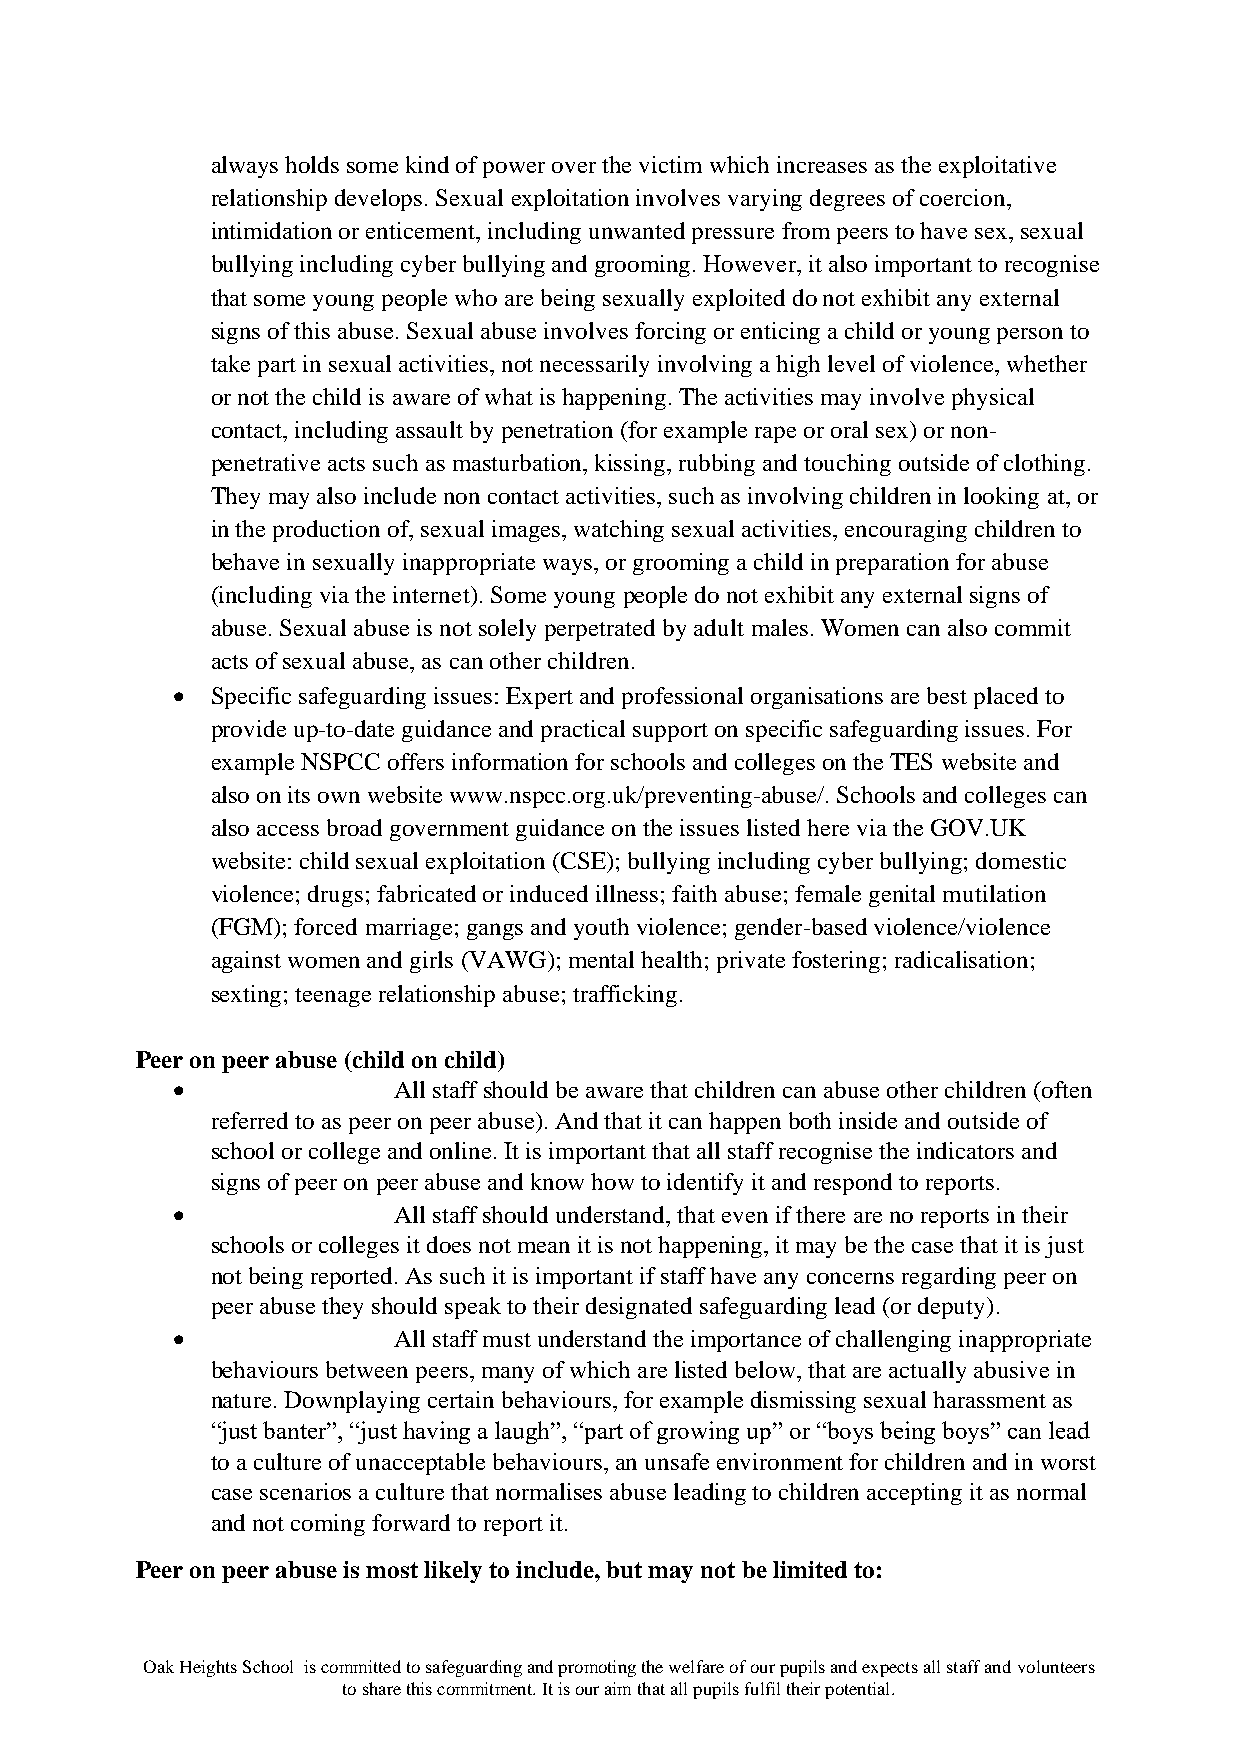
always holds some kind of power over the victim which increases as the exploitative
 relationship develops. Sexual exploitation involves varying degrees of coercion,
 intimidation or enticement, including unwanted pressure from peers to have sex, sexual
 bullying including cyber bullying and grooming. However, it also important to recognise
 that some young people who are being sexually exploited do not exhibit any external
 signs of this abuse. Sexual abuse involves forcing or enticing a child or young person to
 take part in sexual activities, not necessarily involving a high level of violence, whether
 or not the child is aware of what is happening. The activities may involve physical
 contact, including assault by penetration (for example rape or oral sex) or non-
 penetrative acts such as masturbation, kissing, rubbing and touching outside of clothing.
 They may also include non contact activities, such as involving children in looking at, or
 in the production of, sexual images, watching sexual activities, encouraging children to
 behave in sexually inappropriate ways, or grooming a child in preparation for abuse
 (including via the internet). Some young people do not exhibit any external signs of
 abuse. Sexual abuse is not solely perpetrated by adult males. Women can also commit
 acts of sexual abuse, as can other children.
 •  Specific safeguarding issues: Expert and professional organisations are best placed to
 provide up-to-date guidance and practical support on specific safeguarding issues. For
 example NSPCC offers information for schools and colleges on the TES website and
 also on its own website www.nspcc.org.uk/preventing-abuse/. Schools and colleges can
 also access broad government guidance on the issues listed here via the GOV.UK
 website: child sexual exploitation (CSE); bullying including cyber bullying; domestic
 violence; drugs; fabricated or induced illness; faith abuse; female genital mutilation
 (FGM); forced marriage; gangs and youth violence; gender-based violence/violence
 against women and girls (VAWG); mental health; private fostering; radicalisation;
 sexting; teenage relationship abuse; trafficking.
 Peer on peer abuse (child on child)
 •              All staff should be aware that children can abuse other children (often
 referred to as peer on peer abuse). And that it can happen both inside and outside of
 school or college and online. It is important that all staff recognise the indicators and
 signs of peer on peer abuse and know how to identify it and respond to reports.
 •              All staff should understand, that even if there are no reports in their
 schools or colleges it does not mean it is not happening, it may be the case that it is just
 not being reported. As such it is important if staff have any concerns regarding peer on
 peer abuse they should speak to their designated safeguarding lead (or deputy).
 •              All staff must understand the importance of challenging inappropriate
 behaviours between peers, many of which are listed below, that are actually abusive in
 nature. Downplaying certain behaviours, for example dismissing sexual harassment as
 “just banter”, “just having a laugh”, “part of growing up” or “boys being boys” can lead
 to a culture of unacceptable behaviours, an unsafe environment for children and in worst
 case scenarios a culture that normalises abuse leading to children accepting it as normal
 and not coming forward to report it.
 Peer on peer abuse is most likely to include, but may not be limited to:
 Oak Heights School is committed to safeguarding and promoting the welfare of our pupils and expects all staff and volunteers
 to share this commitment. It is our aim that all pupils fulfil their potential.